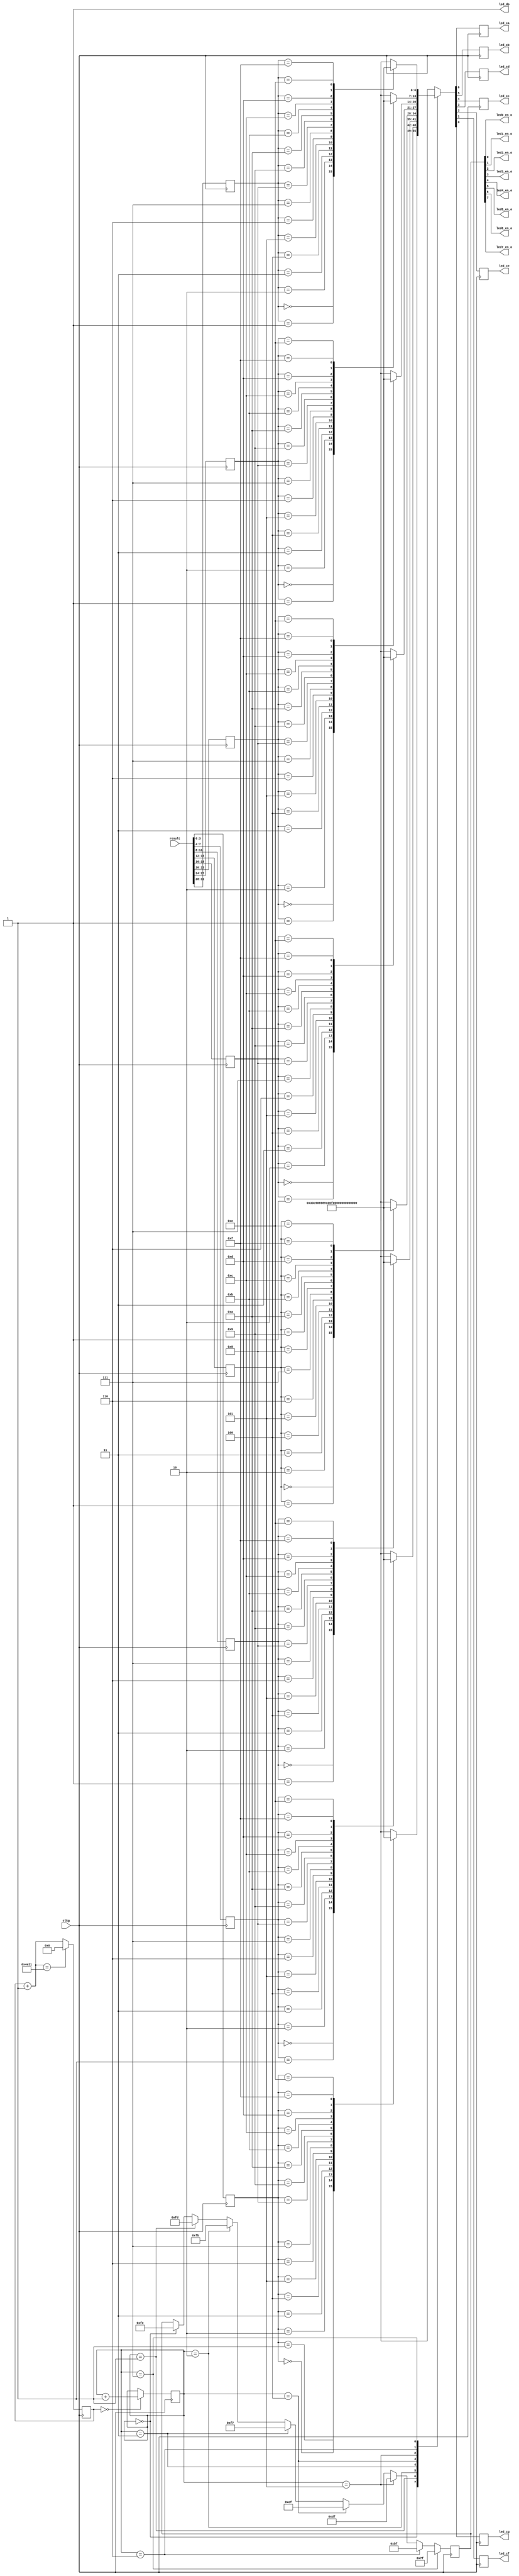
module led_display_ctrl(
    input wire clkg,
	input [31:0] 	  result,

    output wire led0_en_o,
    output wire led1_en_o,
    output wire led2_en_o,
    output wire led3_en_o,
    output wire led4_en_o,
    output wire led5_en_o,
    output wire led6_en_o,
    output wire led7_en_o,
	output reg        led_ca,
	output reg        led_cb,
    output reg        led_cc,
	output reg        led_cd,
	output reg        led_ce,
	output reg        led_cf,
	output reg        led_cg,
	output wire       led_dp 
    );

	reg  [7:0] led_en;
	assign led0_en_o=led_en[0];
	assign led1_en_o=led_en[1];
	assign led2_en_o=led_en[2];
	assign led3_en_o=led_en[3];
	assign led4_en_o=led_en[4];
	assign led5_en_o=led_en[5];
	assign led6_en_o=led_en[6];
	assign led7_en_o=led_en[7];

//控制小数点，使小数点常暗
assign led_dp=1;

//把不同数字对应的不同数码管驱动信号，记录到number数组中去，便于控制显示内�?
reg [6:0] number [15:0];
always @(*) begin
    number[15]= 7'b0111000;
    number[14]= 7'b0110000;
    number[13]= 7'b1000010;
    number[12]= 7'b1110010;
    number[11]= 7'b1100000;
    number[10]= 7'b0001000;
    number[9]=  7'b0001100;
    number[8]=  7'b0000000;
    number[7]=  7'b0001111;
    number[6]=  7'b0100000;
    number[5]=  7'b0100100;
    number[4]=  7'b1001100;
    number[3]=  7'b0000110;
    number[2]=  7'b0010010;
    number[1]=  7'b1001111;
    number[0]=  7'b0000001;
end 


//将计算结果按位分解成8个数，每个数都是4位二进制—�?�即�?�?16进制，便于输出到8个数码管�?
reg [3:0] answer[7:0];
always @(posedge clkg) begin
    answer[0][3:0]=result[3:0];
    answer[1][3:0]=result[7:4];
    answer[2][3:0]=result[11:8];
    answer[3][3:0]=result[15:12];
    answer[4][3:0]=result[19:16];
    answer[5][3:0]=result[23:20];
    answer[6][3:0]=result[27:24];
    answer[7][3:0]=result[31:28];
end

//核心代码，将�?�?的数据输出到led数码�?
reg [6:0] led;
always @(posedge clkg) begin
    case (cnt)
        3'd0:led=number[answer[0]];
        3'd1:led=number[answer[1]];
        3'd2:led=number[answer[2]];
        3'd3:led=number[answer[3]];
        3'd4:led=number[answer[4]];
        3'd5:led=number[answer[5]];
        3'd6:led=number[answer[6]];
        3'd7:led=number[answer[7]];
        default: led=0;
    endcase


	led_ca=led[6];
	led_cb=led[5];
	led_cc=led[4];
	led_cd=led[3];
	led_ce=led[2];
	led_cf=led[1];
	led_cg=led[0];

    // else if (rst) begin
    //     led_ca=1;
	// 	led_cb=1;
	// 	led_cc=1;
	// 	led_cd=1;
	// 	led_ce=1;
	// 	led_cf=1;
	// 	led_cg=1;
    // end
    
end


//计数器，控制数码管显示位�?
reg [19:1] mytime;
reg [2:0] cnt;
always @(posedge clkg) begin
	mytime=mytime+1;
	if (mytime==20'd20001) begin
		mytime=0;
	end
end
always @(posedge clkg) begin
    if (mytime==0) begin
		cnt=cnt+1;
	end
    
end


//依照计数器，控制使能信号，按顺序依次控制8个数码管
always @(posedge clkg) begin
	if (cnt==4'd7) begin
		led_en=8'b01111111;
	end
	else if (cnt==4'd6) begin
		led_en=8'b10111111;
	end
	else if (cnt==4'd5) begin
		led_en=8'b11011111;
	end
	else if (cnt==4'd4) begin
		led_en=8'b11101111;
	end
	else if (cnt==4'd3) begin
		led_en=8'b11110111;
	end
	else if (cnt==4'd2) begin
		led_en=8'b11111011;
	end
	else if (cnt==4'd1) begin
		led_en=8'b11111101;
	end
	else if (cnt==4'd0) begin
		led_en=8'b11111110;
	end


end

endmodule